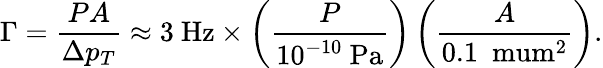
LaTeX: \Gamma=\frac{PA}{\Delta p_{T}}\approx 3~\mathrm{Hz}\times\left(\frac{P}{10^{-10}~\mathrm{Pa}}\right)\left(\frac{A}{0.1~\mathrm{\ mum}^{2}}\right).